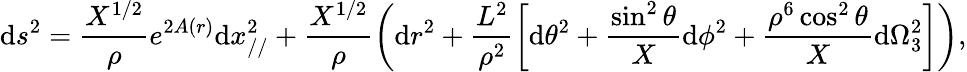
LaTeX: \mathrm{d}s^{2}=\frac{{X^{1/2}}}{{\rho}}e^{2A(r)}\mathrm{d}x_{//}^{2}+\frac{{X^{1/2}}}{{\rho}}\left(\mathrm{d}r^{2}+\frac{{L^{2}}}{{\rho^{2}}}\left[\mathrm{d}\theta^{2}+\frac{{\sin^{2}\theta}}{{X}}\mathrm{d}\phi^{2}+\frac{{\rho^{6}\cos^{2}\theta}}{{X}}\mathrm{d}\Omega_{3}^{2}\right]\right),